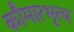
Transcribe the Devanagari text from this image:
कौमारभृत्‍य